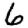
Digit: 6